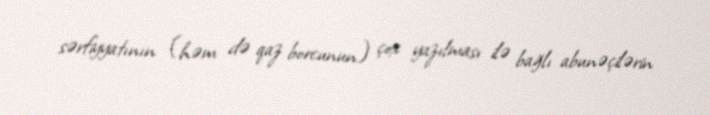
sərfiyyatının (həm də qaz borcunun) çox yazılması ilə bağlı abunəçilərin